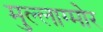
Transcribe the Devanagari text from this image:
मुल्लाग्मोर